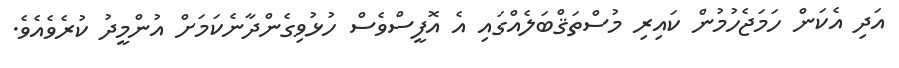
އަދި އެކަން ހަމަޖެހުމުން ކައިރި މުސްތަޤްބަލެއްގައި އެ އޮފީސްވެސް ހުޅުވިގެންދާނެކަމަށް އުންމީދު ކުރެވެއެވެ.